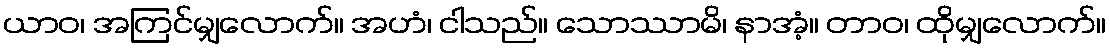
ယာဝ၊ အကြင်မျှလောက်။ အဟံ၊ ငါသည်။ သောဿာမိ၊ နာအံ့။ တာဝ၊ ထိုမျှလောက်။